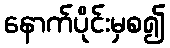
နောက်ပိုင်းမှစ၍